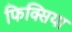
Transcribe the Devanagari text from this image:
फिक्सिया